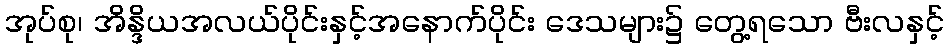
အုပ်စု၊ အိန္ဒိယအလယ်ပိုင်းနှင့်အနောက်ပိုင်း ဒေသများ၌ တွေ့ရသော ဗီးလနှင့်